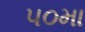
૫૦મા